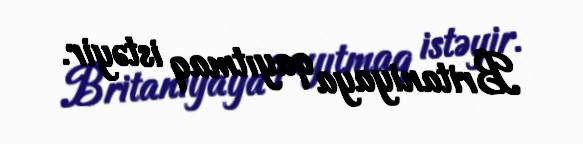
Britaniyaya qayıtmaq istəyir.